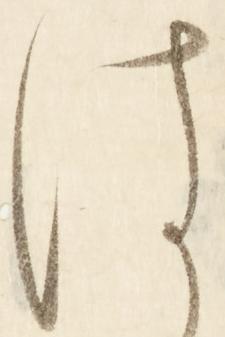
は